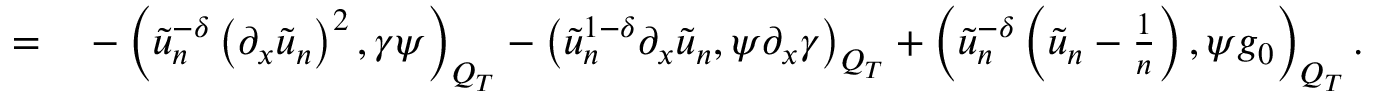
\begin{array} { r l } { = } & { { } - \left( \tilde { u } _ { n } ^ { - \delta } \left( \partial _ { x } \tilde { u } _ { n } \right) ^ { 2 } , \gamma \psi \right) _ { Q _ { T } } - \left( \tilde { u } _ { n } ^ { 1 - \delta } \partial _ { x } \tilde { u } _ { n } , \psi \partial _ { x } \gamma \right) _ { Q _ { T } } + \left( \tilde { u } _ { n } ^ { - \delta } \left( \tilde { u } _ { n } - \frac { 1 } { n } \right) , \psi g _ { 0 } \right) _ { Q _ { T } } . } \end{array}